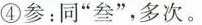
。④参：同”叁”，多次。